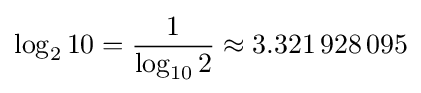
\log _{2}10={\frac {1}{\log _{10}2}}\approx 3.321\,928\,095